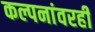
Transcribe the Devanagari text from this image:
कल्पनांवरही